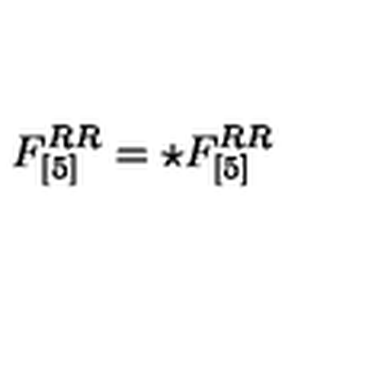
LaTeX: F _ { [ 5 ] } ^ { R R } = \star F _ { [ 5 ] } ^ { R R }